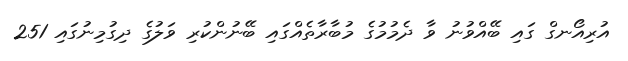
އުރިއޯނގް ގައި ބޭއްވުނު ވާ ދެމުމުގެ މުބާރާތެއްގައި ބޭނުންކުރި ވަލުގެ ދިގުމިނުގައި 251